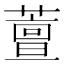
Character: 䕊